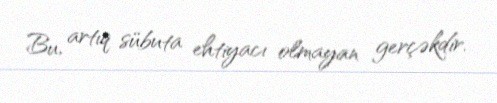
Bu, artıq sübuta ehtiyacı olmayan gerçəkdir.